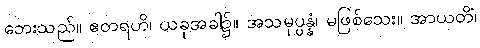
ဘေးသည်။ ဧတရဟိ၊ ယခုအခါ၌။ အသမုပ္ပန္နံ၊ မဖြစ်သေး။ အာယတိံ၊